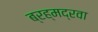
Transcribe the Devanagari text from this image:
ब्रह्मद्रवा